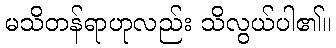
မသိတန်ရာဟုလည်း သိလွယ်ပါ၏။